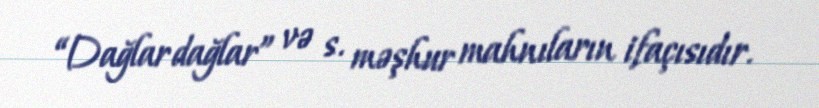
“Dağlar dağlar” və s. məşhur mahnıların ifaçısıdır.